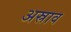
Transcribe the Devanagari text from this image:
अस्राव